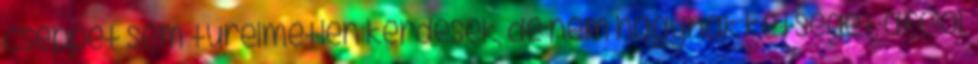
cseppet sem türelmetlen kérdések, de nem hagynak kétséget afelől,